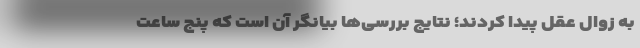
به زوال عقل پیدا کردند؛ نتایج بررسی‌ها بیانگر آن است که پنج ساعت